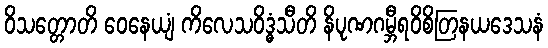
ဝိသတ္တောတိ ဝေနေယျံ ကိလေသဝိဒ္ဓံသီတိ နိပုဏဂမ္ဘီရဝိစိတြနယဒေသနံ